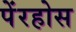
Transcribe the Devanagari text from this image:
पेंरहोस